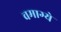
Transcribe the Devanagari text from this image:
वमाग्ये